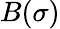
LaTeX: B(\sigma)